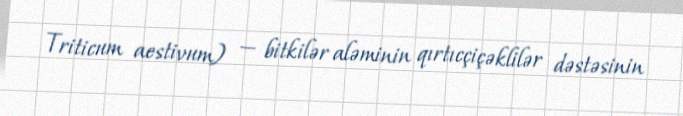
Triticum aestivum) — bitkilər aləminin qırtıcçiçəklilər dəstəsinin